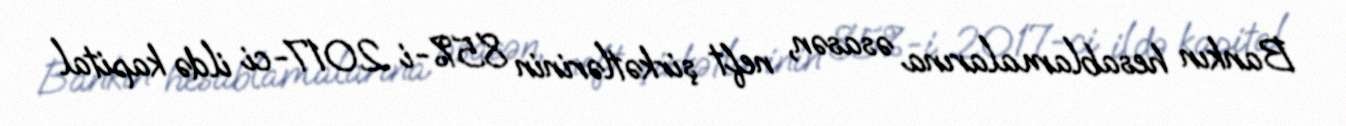
Bankın hesablamalarına əsasən, neft şirkətlərinin 85%-i 2017-ci ildə kapital